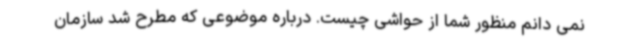
نمی دانم منظور شما از حواشی چیست. درباره موضوعی که مطرح شد سازمان